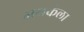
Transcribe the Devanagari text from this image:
अथर्कला